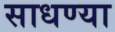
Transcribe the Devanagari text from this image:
साधण्या